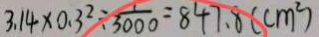
3 . 1 4 \times 0 . 3 ^ { 2 } \div \frac { 1 } { 3 0 0 0 } = 8 4 7 . 8 ( c m ^ { 2 } )